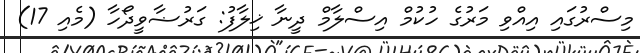
މިސްރުގައި އިއްވި މަރުގެ ހުކުމް އިސްލާމް ދީނާ ޚިލާފު: ގަރުޟާވީދޯހާ (މެއި 17)